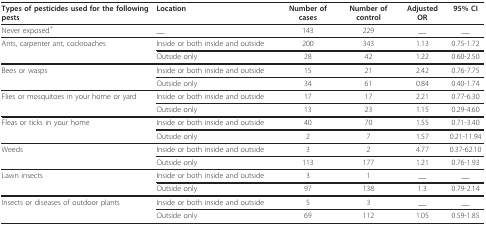
<table><thead><tr><td><b>Types of pesticides used for the following pests</b></td><td><b>Location</b></td><td><b>Number of cases</b></td><td><b>Number of control</b></td><td><b>Adjusted OR</b></td><td><b>95% CI</b></td></tr></thead><tbody><tr><td>Never exposed<sup>+</sup></td><td>__</td><td>143</td><td>229</td><td>__</td><td>__</td></tr><tr><td>Ants, carpenter ant, cockroaches</td><td>Inside or both inside and outside</td><td>200</td><td>343</td><td>1.13</td><td>0.75-1.72</td></tr><tr><td></td><td>Outside only</td><td>28</td><td>42</td><td>1.22</td><td>0.60-2.50</td></tr><tr><td>Bees or wasps</td><td>Inside or both inside and outside</td><td>15</td><td>21</td><td>2.42</td><td>0.76-7.75</td></tr><tr><td></td><td>Outside only</td><td>34</td><td>61</td><td>0.84</td><td>0.40-1.74</td></tr><tr><td>Flies or mosquitoes in your home or yard</td><td>Inside or both inside and outside</td><td>17</td><td>17</td><td>2.21</td><td>0.77-6.30</td></tr><tr><td></td><td>Outside only</td><td>13</td><td>23</td><td>1.15</td><td>0.29-4.60</td></tr><tr><td>Fleas or ticks in your home</td><td>Inside or both inside and outside</td><td>40</td><td>70</td><td>1.55</td><td>0.71-3.40</td></tr><tr><td></td><td>Outside only</td><td>2</td><td>7</td><td>1.57</td><td>0.21-11.94</td></tr><tr><td>Weeds</td><td>Inside or both inside and outside</td><td>3</td><td>2</td><td>4.77</td><td>0.37-62.10</td></tr><tr><td></td><td>Outside only</td><td>113</td><td>177</td><td>1.21</td><td>0.76-1.93</td></tr><tr><td>Lawn insects</td><td>Inside or both inside and outside</td><td>3</td><td>1</td><td>__</td><td>__</td></tr><tr><td></td><td>Outside only</td><td>97</td><td>138</td><td>1.3</td><td>0.79-2.14</td></tr><tr><td>Insects or diseases of outdoor plants</td><td>Inside or both inside and outside</td><td>5</td><td>3</td><td>__</td><td>__</td></tr><tr><td></td><td>Outside only</td><td>69</td><td>112</td><td>1.05</td><td>0.59-1.85</td></tr></tbody></table>